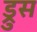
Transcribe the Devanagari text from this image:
ड्रुस